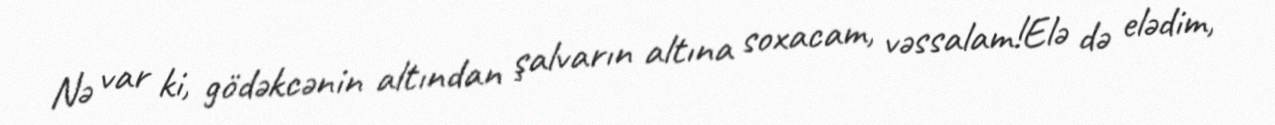
Nə var ki, gödəkcənin altından şalvarın altına soxacam, vəssalam!Elə də elədim,